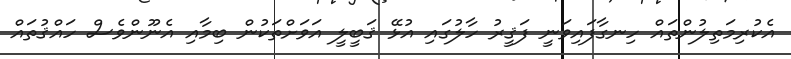
އެކުރިމަތިލުންތައް ހިނގާފައިވަނީ ފަޤީރު ހާލުގައި އުޅޭ ޤަބީލީ އަވަށްތަކުން ބިމާއި އެނޫންވެސް ހައްޤުތައް